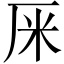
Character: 𠩕